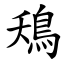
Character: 鴁